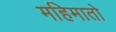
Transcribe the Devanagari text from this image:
महिमातो